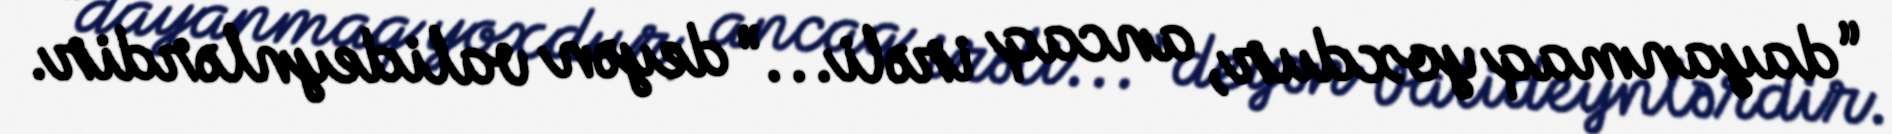
“dayanmaq yoxdur, ancaq irəli...” deyən valideynlərdir.